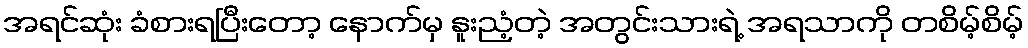
အရင်ဆုံး ခံစားရပြီးတော့ နောက်မှ နူးညံ့တဲ့ အတွင်းသားရဲ့ အရသာကို တစိမ့်စိမ့်